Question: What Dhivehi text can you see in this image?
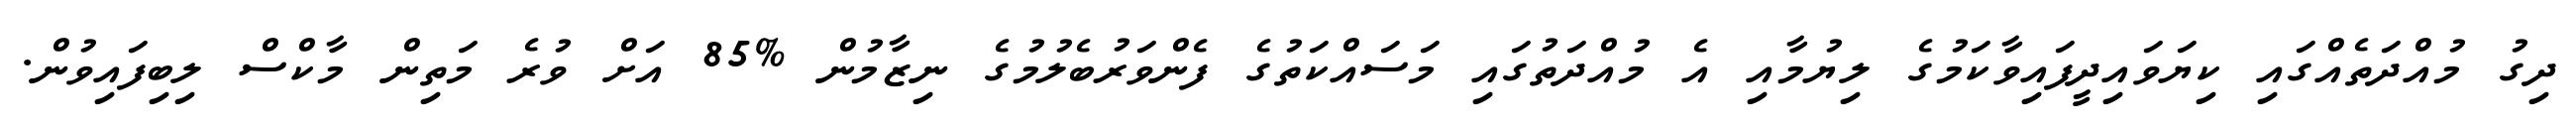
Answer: ދިގު މުއްދަތެއްގައި ކިޔަވައިދީފައިވާކަމުގެ ލިޔުމާއި އެ މުއްދަތުގައި މަސައްކަތުގެ ފެންވަރުބެލުމުގެ ނިޒާމުން %85 އަށް ވުރެ މަތިން މާކްސް ލިބިފައިވުން.